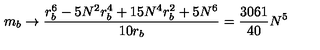
m _ { b } \rightarrow \frac { r _ { b } ^ { 6 } - 5 N ^ { 2 } r _ { b } ^ { 4 } + 1 5 N ^ { 4 } r _ { b } ^ { 2 } + 5 N ^ { 6 } } { 1 0 r _ { b } } = \frac { 3 0 6 1 } { 4 0 } N ^ { 5 }